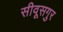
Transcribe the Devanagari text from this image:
सीवूसगुर